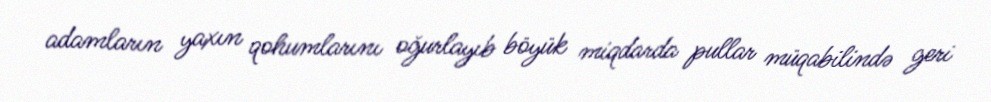
adamların yaxın qohumlarını oğurlayıb böyük miqdarda pullar müqabilində geri